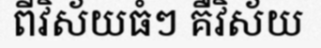
ពីវិស័យធំៗ គឺវិស័យ